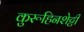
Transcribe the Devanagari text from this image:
कुरूहिनशेट्टी